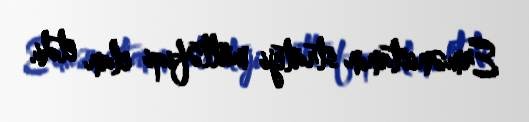
Ermənistanın strateji müttəfiqi elan etdi.